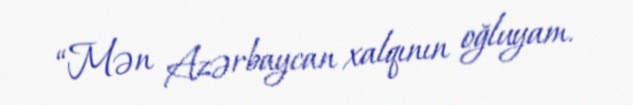
“Mən Azərbaycan xalqının oğluyam.